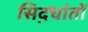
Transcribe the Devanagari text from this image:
सिद़धांतों